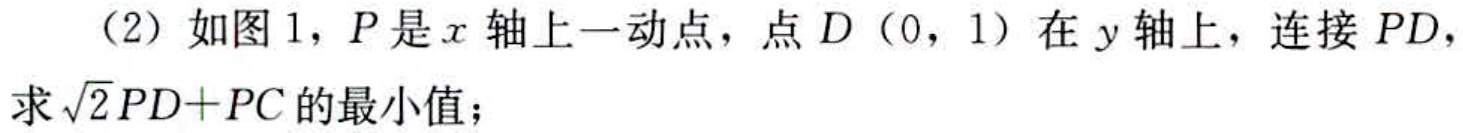
（2）如图1，\(P\)是\(x\)轴上一动点，点\(D(0,1)\)在\(y\)轴上，连接\(PD\)，求\(\sqrt{2}PD + PC\)的最小值；